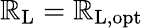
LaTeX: \mathbb{R}_{\mathrm{{L}}}=\mathbb{R}_{\mathrm{{L,opt}}}